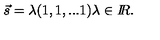
\vec { s } = \lambda ( 1 , 1 , . . . 1 ) \lambda \in I \! \! R .